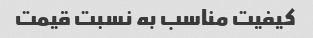
کیفیت مناسب به نسبت قیمت